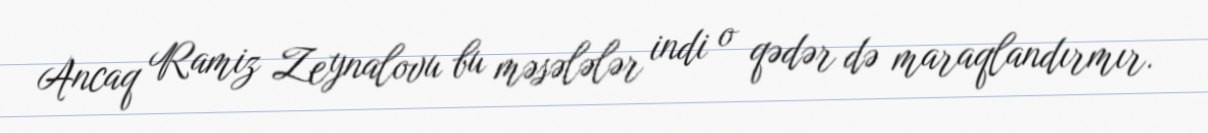
Ancaq Ramiz Zeynalovu bu məsələlər indi o qədər də maraqlandırmır.